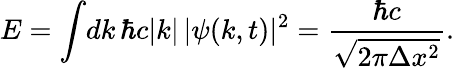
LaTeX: E=\int\! dk\, \hbar c|k|\, |\psi(k,t)|^{2}=\frac{\hbar c}{\sqrt{2\pi\Delta x^{2}}}.